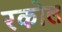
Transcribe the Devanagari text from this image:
रकोल